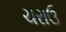
ચરાઉ